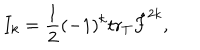
I _ { k } = { \frac { 1 } { 2 } } ( - 1 ) ^ { k } \mathrm { t r } _ { T } \hat { F } ^ { 2 k } ,